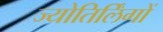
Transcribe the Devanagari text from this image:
ज्‍योतिर्लिंगों